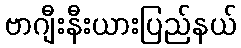
ဗာဂျီးနီးယားပြည်နယ်